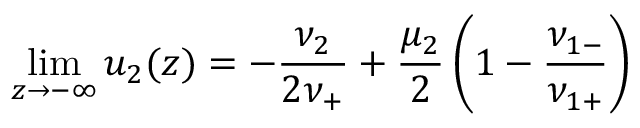
\operatorname * { l i m } _ { z \to - \infty } u _ { 2 } ( z ) = - \frac { \nu _ { 2 } } { 2 \nu _ { + } } + \frac { \mu _ { 2 } } { 2 } \left( 1 - \frac { \nu _ { 1 - } } { \nu _ { 1 + } } \right)